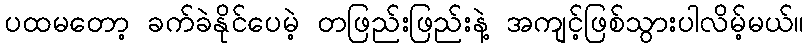
ပထမတော့ ခက်ခဲနိုင်ပေမဲ့ တဖြည်းဖြည်းနဲ့ အကျင့်ဖြစ်သွားပါလိမ့်မယ်။